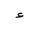
Letter: _hamza